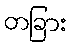
တခြား